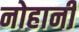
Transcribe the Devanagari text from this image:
नोहानी